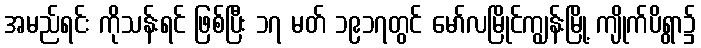
အမည်ရင်း ကိုသန်းရင် ဖြစ်ပြီး ၁၇ မတ် ၁၉၁၇တွင် မော်လမြိုင်ကျွန်းမြို့ ကျိုက်ပိရွာ၌